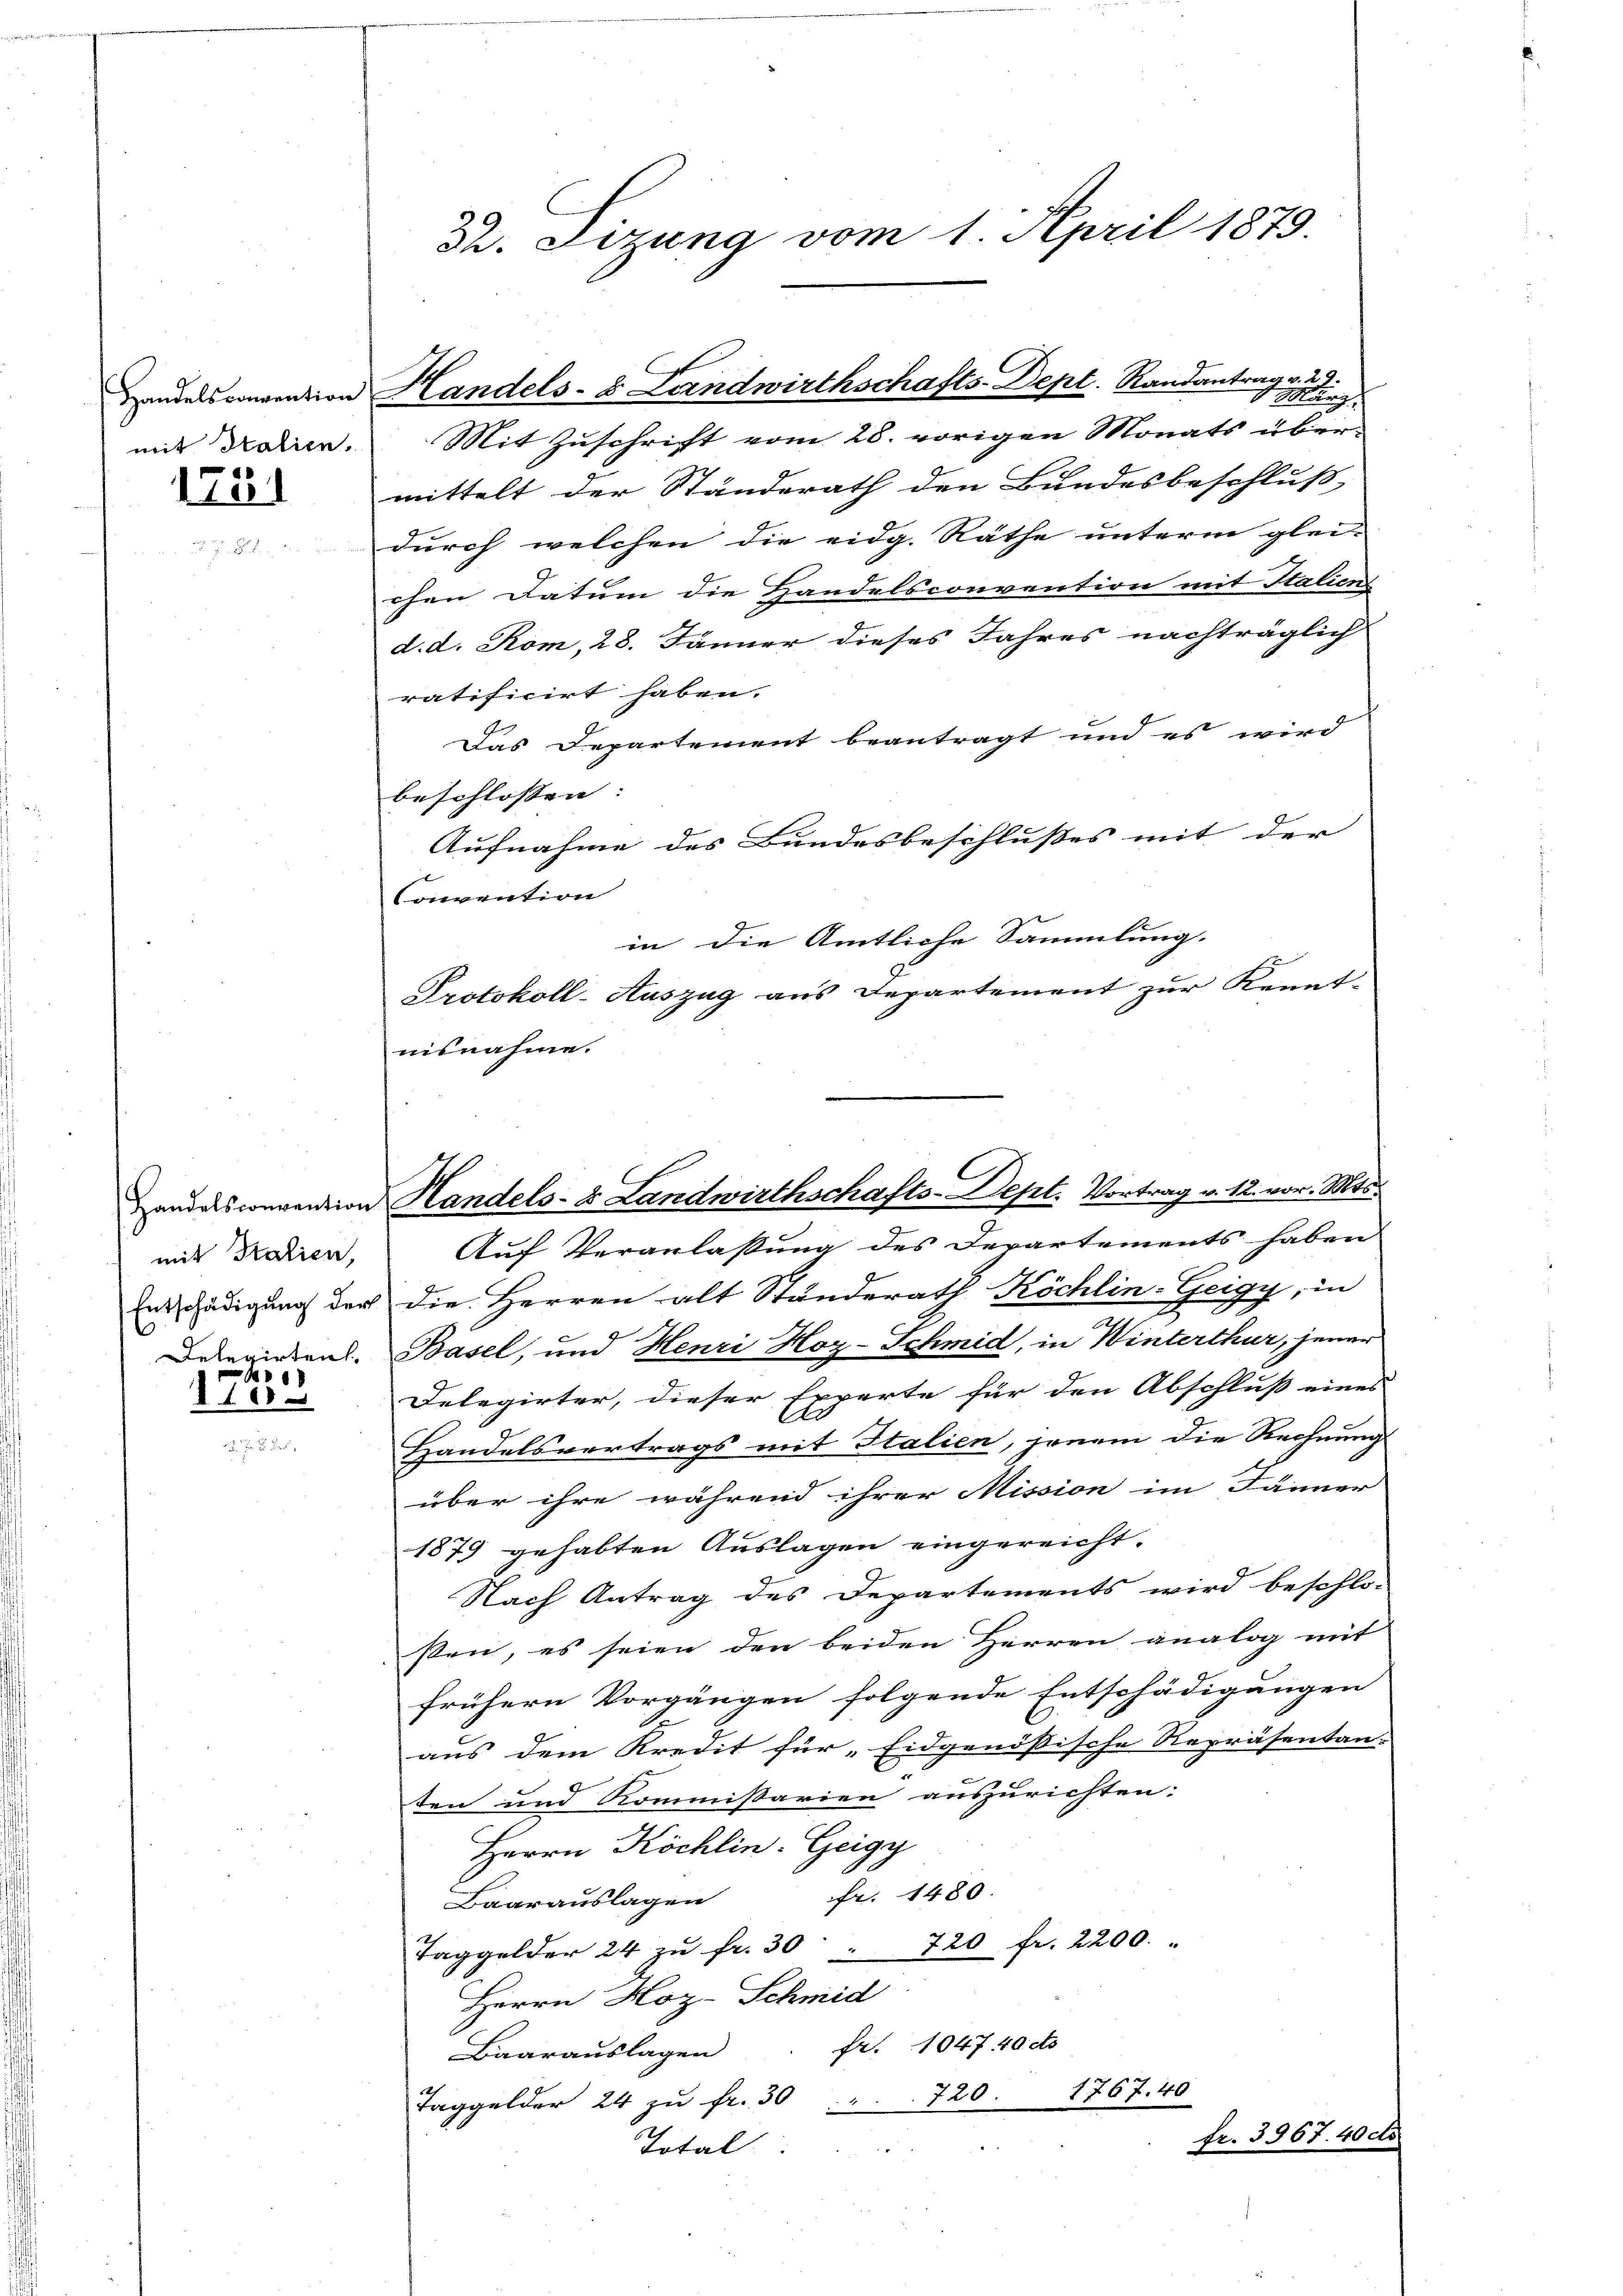
mit Italien.

1731

mit Patien,
Delegirten.

18
 100

Mit Zuschrift vom 28. vorigen Monats übermittelt der Standerath den Bundesbeschluß,
durch welchen die eidg. Räthe unterm glei-
chen Datum die Handelsconvention mit Italiens
d. d. Kom, 28. Jänner dieses Jahres nachträglich
ratificirt haben.
Das Departement beantragt und es wird
beschlossen:
Aufnahme des Bundesbeschlusses mit der
Convention
in die Amtliche Sammlung.
Protokoll-Auszug aus Departement zur Kennt-
nisnahme.

22. Sizung vom 1. April 1879.

Handelsconvention Handels- & Landwirthschafts-Dept. Randantrag

Handesconvention Handels- & Landwirthschafts-Dept. Vortrag v. 12. vor. Mts.

Auf Veranlaßung des Departements haben
Entschädigung der die Herren alt Stunderath Köchlin-Geigy, in
Basel, und Henri Hoz-Schmid, in Winterthur, jener
Delegirter, dieser Experte für den Abschluß eines
Handelsvertrags mit Italien, jenem die Rechnung
über ihre während ihrer Mission im Jänner
1879 gehabten Auslagen eingereicht.
Nach Antrag des Departements wird beschlo-
sten, es seien den beiden Herren analog mit
frühern Vorgängen folgende Entschädigungen
aus dem Kredit für „Eidgenössische Repräsentan-
ten und Kommißarien auszurichten:
Herrn Köchlin. Geigy
Fr. 1480.
Baarauslagen
Taggelder 24 zŭ fr. 30 " 720 fr. 2200.
Herrn Hoz-Schmid
Baarauslagen fr. 1047 40 do
Taggelder 24 zŭ fr. 30 " " 720. 1767. 40
fr. 3967. 40 cto
Total
e